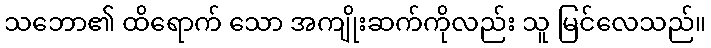
သဘော၏ ထိရောက် သော အကျိုးဆက်ကိုလည်း သူ မြင်လေသည်။